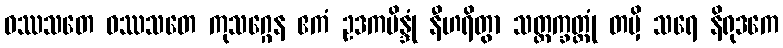
ဝဿသတေ ဝဿသတေ ကုသဂ္ဂေန ဧကံ ဥဒကဗိန္ဒုံ နီဟရိတွာ သတ္တက္ခတ္တုံ တမှိ သရေ နိရုဒကေ